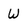
Character: W